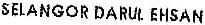
SELANGOR DARUL EHSAN